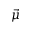
\vec { \mu }